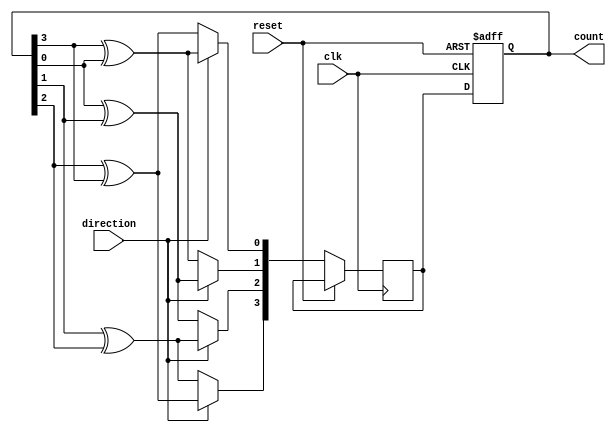
module johnson_gray_counter(
    input clk,
    input reset,
    input direction,
    output reg [3:0] count
);

reg [3:0] next_count;

always @ (posedge clk or posedge reset) begin
    if (reset) begin
        count <= 4'b0000;
    end else if (direction) begin
        next_count[0] <= count[3] ^ count[0];
        next_count[1] <= count[0] ^ count[1];
        next_count[2] <= count[1] ^ count[2];
        next_count[3] <= count[2] ^ count[3];
        count <= next_count;
    end else begin
        next_count[0] <= count[3] ^ count[2];
        next_count[1] <= count[0] ^ count[3];
        next_count[2] <= count[1] ^ count[0];
        next_count[3] <= count[2] ^ count[1];
        count <= next_count;
    end
end

endmodule